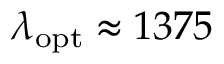
\lambda _ { \mathrm { o p t } } \approx 1 3 7 5